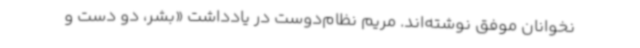
‌نخوانان موفق نوشته‌اند. مریم نظام‌دوست در یادداشت «بشر، دو دست و